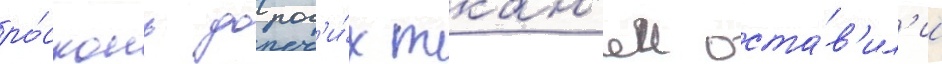
ро́скошь дорог'и́х ткан'еи оста́в'ил'и